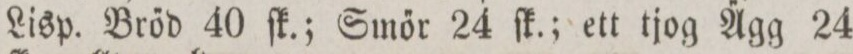
Lisp. Brőd 40 ſk.; Smőr 24 ſk.; ett tjog A̋gg 24